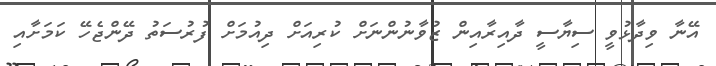
އޭނާ ވިދާޅުވީ ސިޔާސީ ދާއިރާއިން ޒުވާނުންނަށް ކުރިއަށް ދިއުމަށް ފުރުސަތު ދޭންޖެހޭ ކަމަށާއި